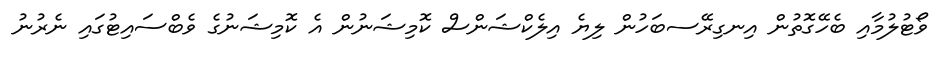
ވޯޓުލުމާއި ބެހޭގޮތުން އިނގިރޭސބަހުން ލިޔެ އިލެކްޝަންސް ކޮމިޝަނުން އެ ކޮމިޝަނުގެ ވެބްސައިޓުގައި ނެރުނު